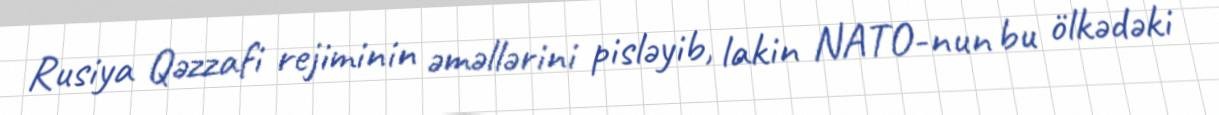
Rusiya Qəzzafi rejiminin əməllərini pisləyib, lakin NATO-nun bu ölkədəki